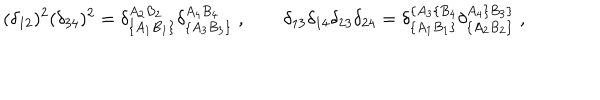
( \delta _ { 1 2 } ) ^ { 2 } ( \delta _ { 3 4 } ) ^ { 2 } = \delta _ { \{ A _ { 1 } B _ { 1 } \} } ^ { A _ { 2 } B _ { 2 } } \delta _ { \{ A _ { 3 } B _ { 3 } \} } ^ { A _ { 4 } B _ { 4 } } \; , \qquad \delta _ { 1 3 } \delta _ { 1 4 } \delta _ { 2 3 } \delta _ { 2 4 } = \delta _ { \{ A _ { 1 } B _ { 1 } \} } ^ { \{ A _ { 3 } \{ B _ { 4 } } \delta _ { \{ A _ { 2 } B _ { 2 } \} } ^ { A _ { 4 } \} B _ { 3 } \} } \; ,